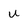
Character: u